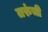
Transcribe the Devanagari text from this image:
तरुंची